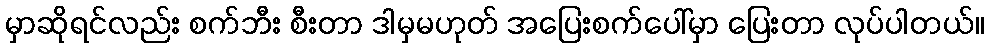
မှာဆိုရင်လည်း စက်ဘီး စီးတာ ဒါမှမဟုတ် အပြေးစက်ပေါ်မှာ ပြေးတာ လုပ်ပါတယ်။